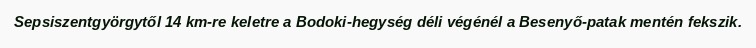
Sepsiszentgyörgytől 14 km-re keletre a Bodoki-hegység déli végénél a Besenyő-patak mentén fekszik.